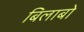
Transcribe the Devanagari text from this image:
बिलाबो